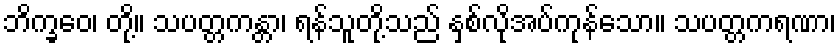
ဘိက္ခဝေ၊ တို့။ သပတ္တကန္တာ၊ ရန်သူတို့သည် နှစ်လိုအပ်ကုန်သော။ သပတ္တကရဏာ၊